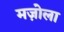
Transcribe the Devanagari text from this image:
मज़ोला